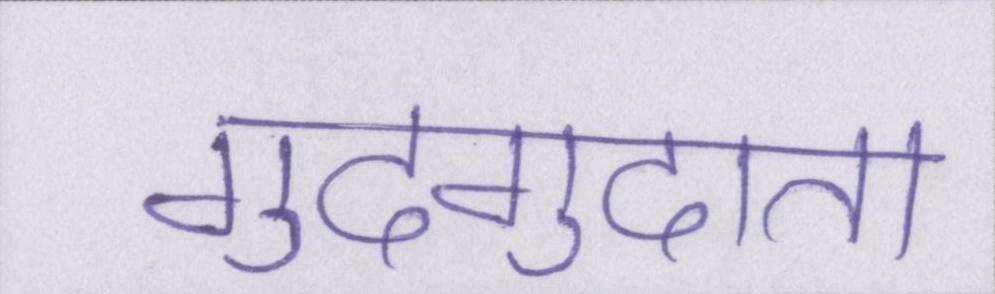
गुदगुदाता